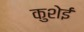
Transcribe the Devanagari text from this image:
कुशेई